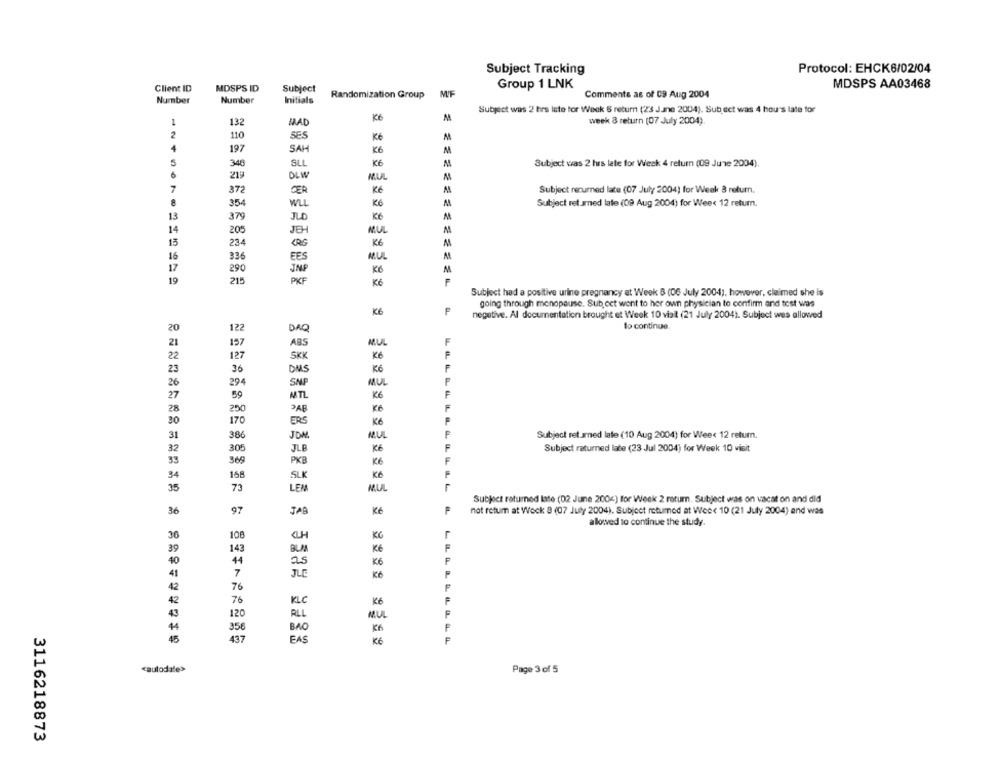
Protocol: EHCK6/02/04
Subject Tracking
MDSPS AA03468
Client ID
MDSPS ID
Subject
Group 1 LNK
Number
Number
Initials
Randomization Group
M/F
Comments as of 09 Aug 2004
Subject was 2 hrs iste for Week & return (23 June 2004). Subject was 4 hours late for
1
132
MAD
K6
week & return (07 July 2004)
2
110
SES
Ké
M
4
197
SAH
K6
M
5
346
SLL
KG
M
Subject was 2 hrs late for Week 4 return (09 June 2004).
219
DLW
M
7
372
CER
Kč
M
Subject renumned late (07 July 2004) for Week 3 return.
354
WLL
KG
Subject ret med late (09 Aug 2004) for Wee< 12 retum.
13
379
JLD
K6
M
14
M
205
JEH
MUL
15
234
(RG
KG
M
16
336
EES
MUL
17
290
INP
K6
19
215
PKF
Kč
Subject had a positive urine pregnancy at Week B (06 July 2004), however, claimed she is
going through menopause. Sub oct went to her own physician to confirm and test was
KG
negative. Al documentation brought et Week 10 vial (21 July 2004). Subject wes allowed
20
122
to continue.
DAQ
21
MUL
157
ABS
22
127
SKK
Ké
23
36
DAS
MUL
26
294
SNE
27
59
MTL
K6
28
250
PAB
30
170
ERS
31
JON.
MUL
Subject returned late (10 Aug 2004) for Wee< 12 retum.
386
32
305
JLB
Kč
Subject raturned late (23 Jul 2004) for Week 10 visit
39
569
PKB
KG
168
34
SLK
Kč
35
73
LEM
MUL
Subject returned late (02 June 2006) for Week 2 return. Subject was on vacat on and did
36
97
JAB
Kč
not retum at Weck 8 (07 July 2004). Subject returned at Wee< 10 (21 July 2004) and was
allowed to continue the study.
30
108
CH
KC
39
143
BLA
KG
40
44
25
K6
41
7
JLE
42
76
42
76
KLC
KG
120
ALL
MUL
356
BAO
45
437
EAS
KG
cautodate>
Page 3 of 5
3116218873